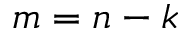
m = n - k